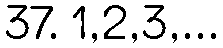
37. 1,2,3,...